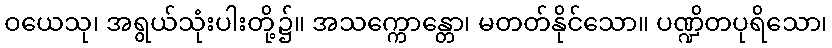
ဝယေသု၊ အရွယ်သုံးပါးတို့၌။ အသက္ကောန္တော၊ မတတ်နိုင်သော။ ပဏ္ဍိတပုရိသော၊